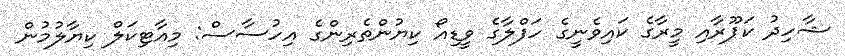
ޝާހިދު ކަޕޫރާއި މީރާގެ ކައިވެނީގެ ހަފްލާގެ ވީޑިއޯ ކިޔުންތެރިންގެ އިހުސާސް: މިއާޓިކަލް ކިޔާލުމުން